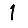
Digit: 1